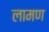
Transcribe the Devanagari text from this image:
लामण